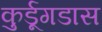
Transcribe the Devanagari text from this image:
कुर्डूगडास